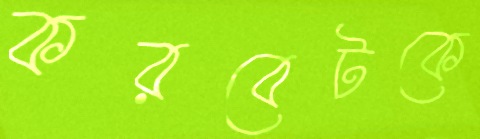
করবেটকে